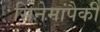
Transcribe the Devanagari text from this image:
सिनेमांपैकी